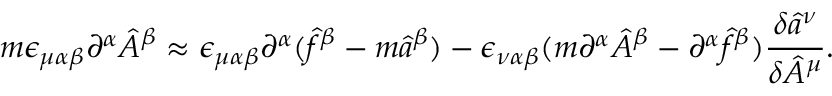
m \epsilon _ { \mu \alpha \beta } \partial ^ { \alpha } \hat { A } ^ { \beta } \approx \epsilon _ { \mu \alpha \beta } \partial ^ { \alpha } ( \hat { f } ^ { \beta } - m \hat { a } ^ { \beta } ) - \epsilon _ { \nu \alpha \beta } ( m \partial ^ { \alpha } \hat { A } ^ { \beta } - \partial ^ { \alpha } \hat { f } ^ { \beta } ) \frac { \delta \hat { a } ^ { \nu } } { \delta \hat { A } ^ { \mu } } .